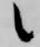
之